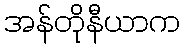
အန်တိုနီယာက